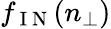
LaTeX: f_{\mathrm{~I~N~}}(n_{\perp})